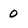
Character: 0